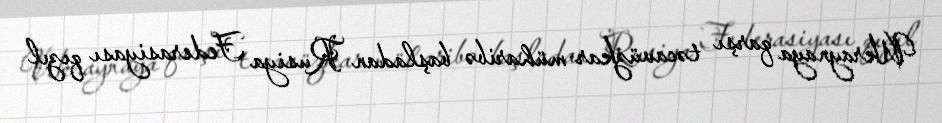
Ukraynaya qarşı təcavüzkar müharibə başladan Rusiya Federasiyası qızıl